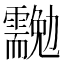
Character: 𠣉